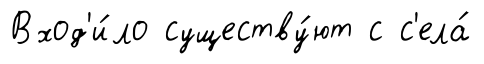
Вход'и́ло существу́ют с с'ела́